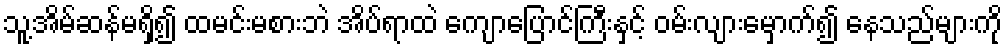
သူ့အိမ်ဆန်မရှိ၍ ထမင်းမစားဘဲ အိပ်ရာထဲ ကျောပြောင်ကြီးနှင့် ဝမ်းလျားမှောက်၍ နေသည်များကို